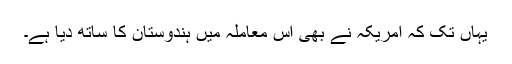
یہاں تک کہ امریکہ نے بھی اس معاملہ میں ہندوستان کا ساتھ دیا ہے۔